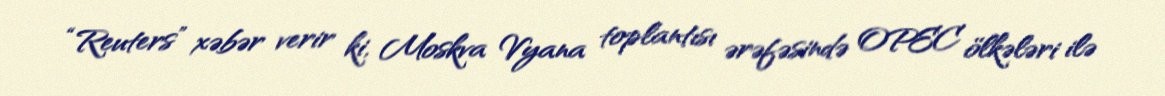
“Reuters” xəbər verir ki, Moskva Vyana toplantısı ərəfəsində OPEC ölkələri ilə